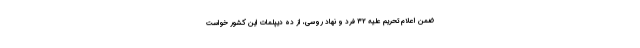
ضمن اعلام تحریم علیه ۳۲ فرد و نهاد روسی، از ده دیپلمات این کشور خواست